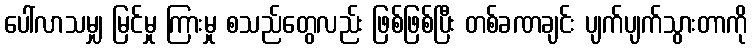
ပေါ်လာသမျှ မြင်မှု ကြားမှု စသည်တွေလည်း ဖြစ်ဖြစ်ပြီး တစ်ခဏချင်း ပျက်ပျက်သွားတာကို